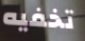
تخفيه